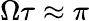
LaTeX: \Omega\tau\approx\pi